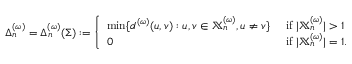
\Delta _ { n } ^ { ( \omega ) } = \Delta _ { n } ^ { ( \omega ) } ( \Sigma ) : = \left\{ \begin{array} { l l } { \operatorname* { m i n } \{ d ^ { ( \omega ) } ( u , v ) : u , v \in \mathbb { X } _ { n } ^ { ( \omega ) } , u \neq v \} } & { \mathrm { ~ i f ~ } | \mathbb { X } _ { n } ^ { ( \omega ) } | > 1 } \\ { 0 } & { \mathrm { ~ i f ~ } | \mathbb { X } _ { n } ^ { ( \omega ) } | = 1 . } \end{array} \right.